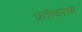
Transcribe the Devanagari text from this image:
प्रतीकांची